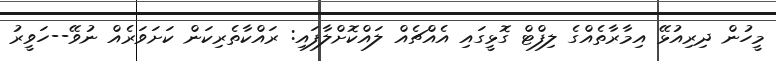
މީހުން ދިރިއުޅޭ އިމާރާތެއްގެ ލިފްޓް ގޮޅީގައި އެއްޗެއް ލައްކޮށްލާފައި: ރައްކާތެރިކަން ކަށަވަރެއް ނުވޭ--ހަވީރު